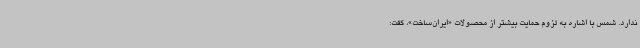
ندارد. شمس با اشاره به لزوم حمایت بیشتر از محصولات «ایران‌ساخت»، گفت: